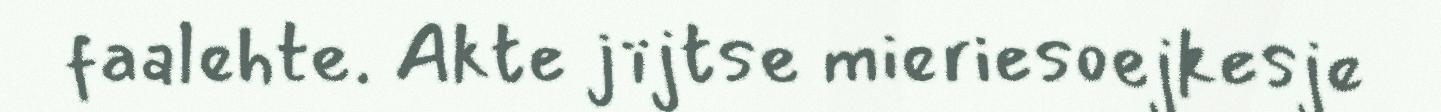
faalehte. Akte jïjtse mieriesoejkesje